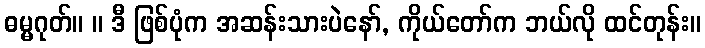
ဓမ္မဂုတ်။ ။ ဒီ ဖြစ်ပုံက အဆန်းသားပဲနော်, ကိုယ်တော်က ဘယ်လို ထင်တုန်း။